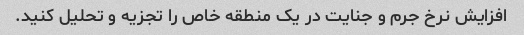
افزایش نرخ جرم و جنایت در یک منطقه خاص را تجزیه و تحلیل کنید.